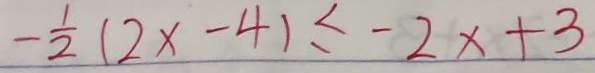
- \frac { 1 } { 2 } ( 2 x - 4 ) \leq - 2 x + 3